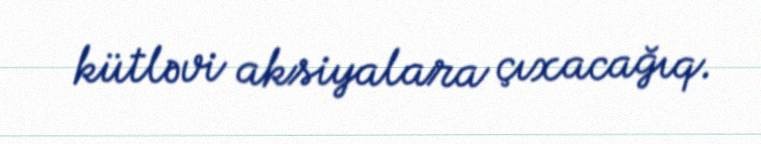
kütləvi aksiyalara çıxacağıq.